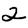
Digit: 2